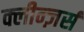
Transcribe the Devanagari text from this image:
क्लीन्ज़र्स